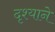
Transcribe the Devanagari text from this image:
दृश्याने